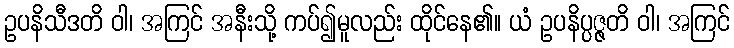
ဥပနိသီဒတိ ဝါ၊ အကြင် အနီးသို့ ကပ်၍မူလည်း ထိုင်နေ၏။ ယံ ဥပနိပ္ပဇ္ဇတိ ဝါ၊ အကြင်